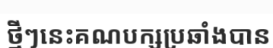
ថ្មីៗនេះគណបក្សប្រឆាំងបាន